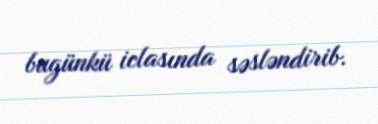
bugünkü iclasında səsləndirib.